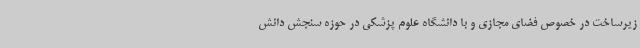
زیرساخت در خصوص فضای مجازی و با دانشگاه علوم پزشکی در حوزه سنجش دانش